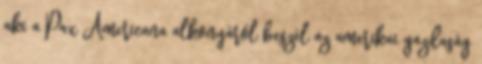
aki a Pax Americana alkonyáról beszél az amerikai gazdaság